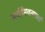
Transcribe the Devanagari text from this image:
सर्वहैमवताचार्य